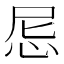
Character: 𢘒